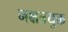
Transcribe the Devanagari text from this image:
नक्षत्रयुक्त